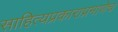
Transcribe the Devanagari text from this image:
साहित्यप्रकाराप्रमाणेच